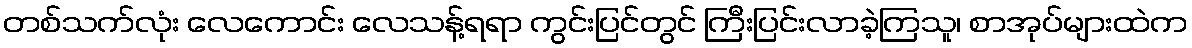
တစ်သက်လုံး လေကောင်း လေသန့်ရရာ ကွင်းပြင်တွင် ကြီးပြင်းလာခဲ့ကြသူ၊ စာအုပ်များထဲက